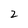
Character: 2